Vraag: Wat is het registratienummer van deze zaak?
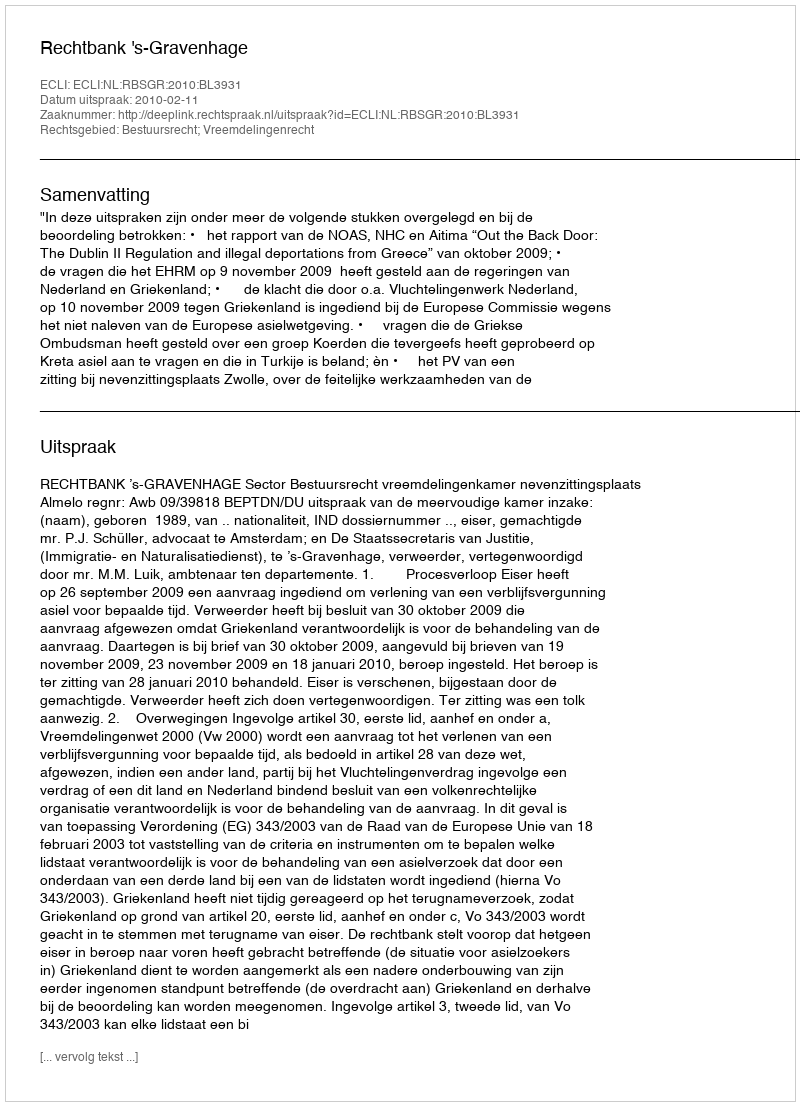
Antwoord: http://deeplink.rechtspraak.nl/uitspraak?id=ECLI:NL:RBSGR:2010:BL3931